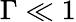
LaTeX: \Gamma\ll 1